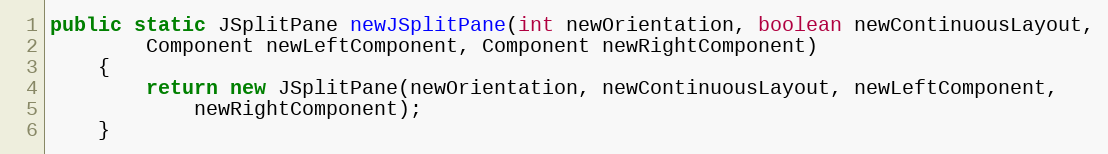
Language: Java
public static JSplitPane newJSplitPane(int newOrientation, boolean newContinuousLayout,
		Component newLeftComponent, Component newRightComponent)
	{
		return new JSplitPane(newOrientation, newContinuousLayout, newLeftComponent,
			newRightComponent);
	}